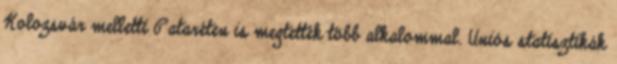
Kolozsvár melletti Pataréten is megtették több alkalommal. Uniós statisztikák